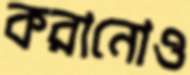
করানোও